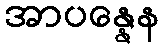
အာပန္နေန